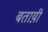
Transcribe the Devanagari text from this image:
बताय़ी